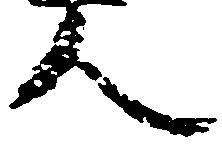
人